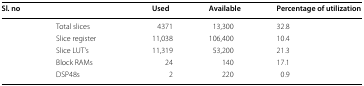
<table><thead><tr><td><b>Sl. no</b></td><td>[EMPTY_CELL]</td><td><b>Used</b></td><td><b>Available</b></td><td><b>Percentage of utilization</b></td></tr></thead><tbody><tr><td>[EMPTY_CELL]</td><td>Total slices</td><td>4371</td><td>13,300</td><td>32.8</td></tr><tr><td>[EMPTY_CELL]</td><td>Slice register</td><td>11,038</td><td>106,400</td><td>10.4</td></tr><tr><td>[EMPTY_CELL]</td><td>Slice LUT’s</td><td>11,319</td><td>53,200</td><td>21.3</td></tr><tr><td>[EMPTY_CELL]</td><td>Block RAMs</td><td>24</td><td>140</td><td>17.1</td></tr><tr><td>[EMPTY_CELL]</td><td>DSP48s</td><td>2</td><td>220</td><td>0.9</td></tr></tbody></table>